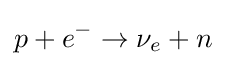
p+e^{-}\rightarrow \nu _{e}+n